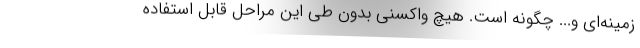
زمینه‌ای و... چگونه است. هیچ واکسنی بدون طی این مراحل قابل استفاده